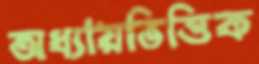
অধ্যায়ভিত্তিক